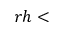
r h <